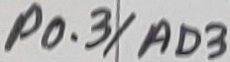
Text: P0.3/AD3